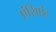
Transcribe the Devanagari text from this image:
एंसिएंट